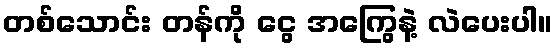
တစ်သောင်း တန်ကို ငွေ အကြွေနဲ့ လဲပေးပါ။